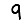
Digit: 9